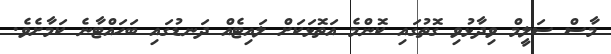
މާސް ސަލީމް ވިދާޅުވި ގޮތުގައި ކޮންމެ އަތޮޅަކަށް ލައިޓެއް ދަނޑުގައި ބަހައްޓާނެ ކަމާށެވެ.